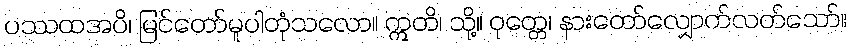
ပဿထအပိ၊ မြင်တော်မူပါတုံသလော။ ဣတိ၊ သို့။ ဝုတ္တေ၊ နားတော်လျှောက်လတ်သော်။